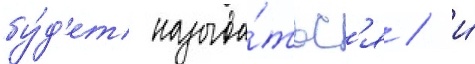
бу́д'ет называ́тьс'я / и́